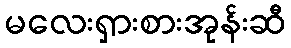
မလေးရှားစားအုန်းဆီ